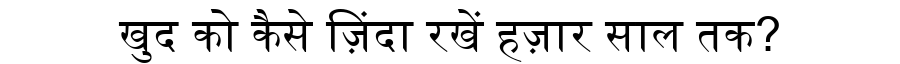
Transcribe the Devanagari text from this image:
खुद को कैसे ज़िंदा रखें हज़ार साल तक?